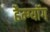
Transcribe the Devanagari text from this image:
हैम्ग्यॉंग